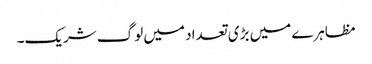
مظاہرے میں بڑی تعداد میں لوگ شریک۔